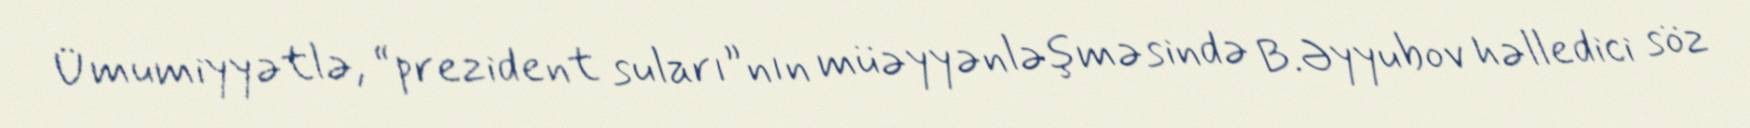
Ümumiyyətlə, “prezident suları”nın müəyyənləşməsində B.Əyyubov həlledici söz